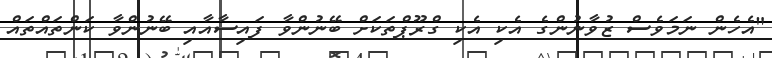
"އެހެން ނަމަވެސް ޒުވާނުންގެ އެކި އެކި ގްރޫޕްތަކަށް ބޭނުންވާ ފައިސާއާއި ބޭނުންވާ ކަންތައްތައް